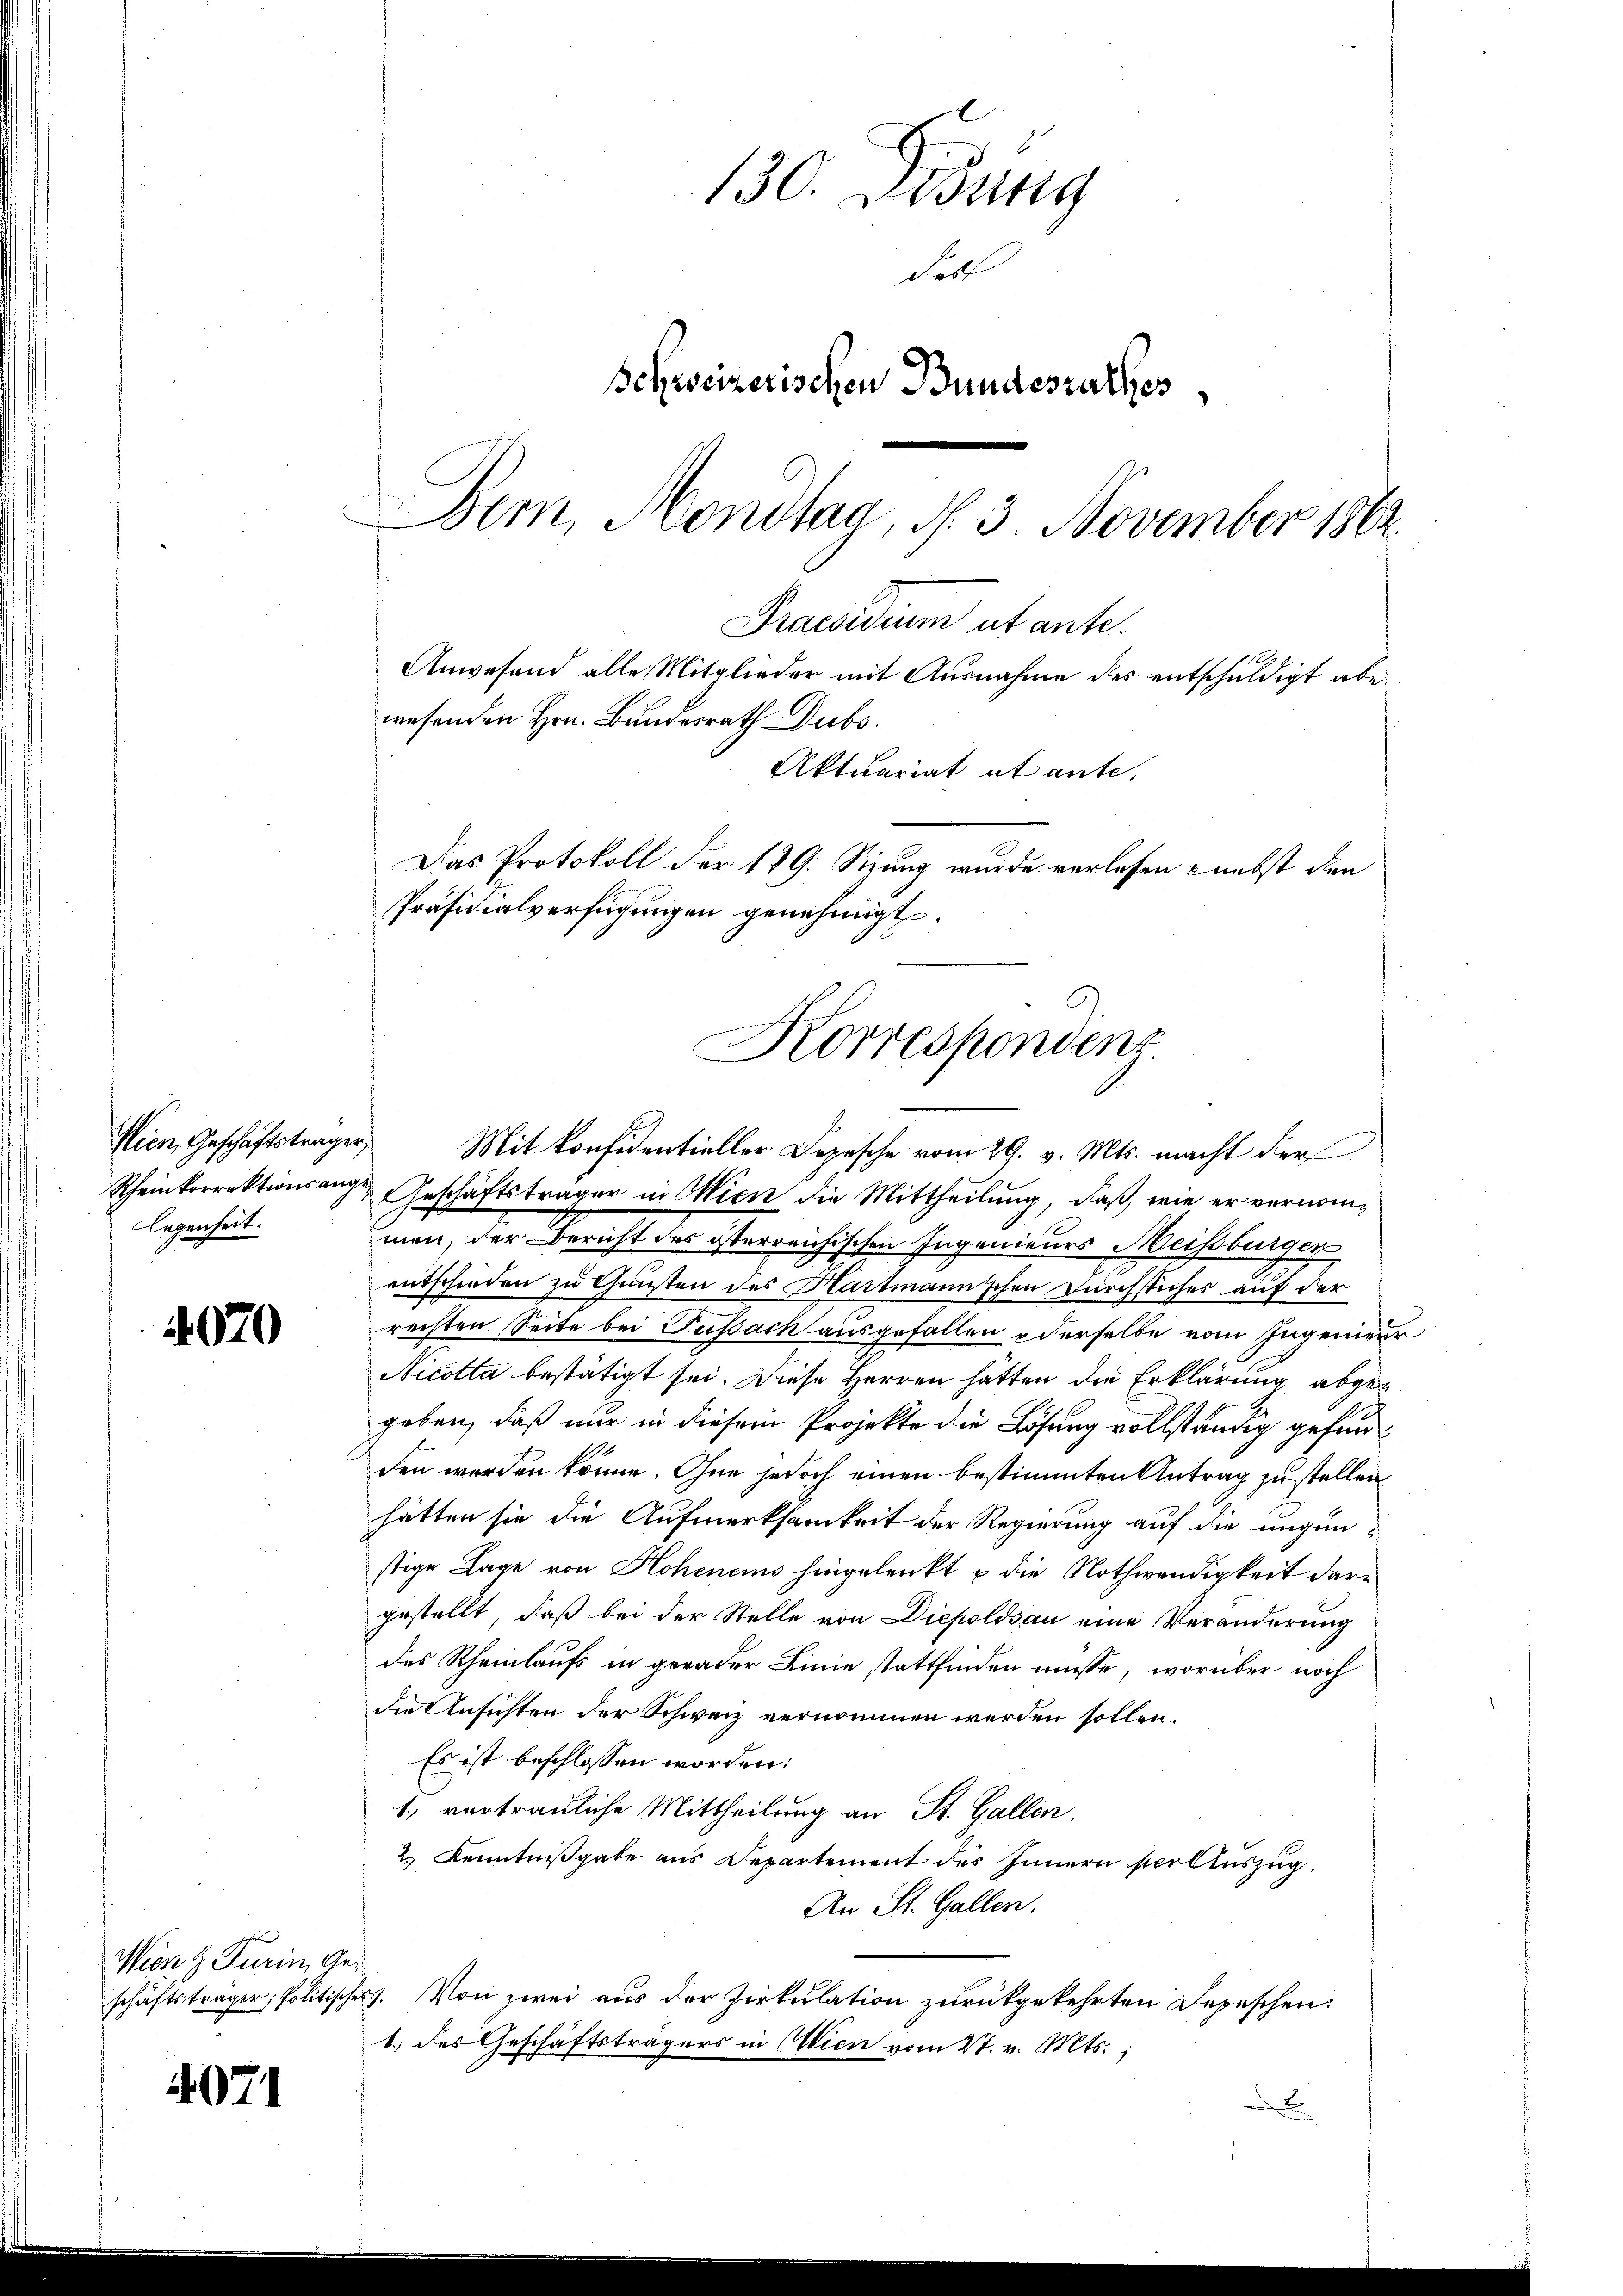
Wien, Geschäftsträger,
legenheit.

4070

Wien & Turin, Ges

4971

Dem Montag, N. 3. November 1864.
Korrespondenz

Praesidium et ante.
Anwesend alle Mitglieder mit Ausnahme des entschuldigt abe
Aktuariat et ante.
Das Protokoll der 179. Sizung wurde verlesen nebst den
Präsidialverfügungen genehmigt.

Mit konfidentieller Depesche vom 29. v. Mts. macht der
Rheinkorrektionsange Geschäftsträger in Wien die Mittheilung, daß, wie er vernommen, der Bericht des österreichischen Ingenieurs Meissburger
entschieden zu Gunsten des Hartmannischen Durchstiches auf der
rechten Seite bei Fussach ausgefallen derselbe vom Ingenieur
Nicotta bestätigt sei. Diese Herren hätten die Erklärung abgegeben, daß nur in diesem Projekte die Lösung vollständig gefundden werden könne. Ohne jedoch einen bestimmten Antrag zustellen
hätten sie die Aufmerksamkeit der Regierung auf die ungen-
stige Lage von Hohenems hingelenkt u die Nothwendigkeit dargestellt, daß bei der Stelle von Diepoldsau eine Veränderung
des Rheinlaufs in gerader Linie stattfinden müsse, worüber noch
die Ansichten der Schweiz vernommen werden sollen.
Es ist beschlossen worden:
1., vertrauliche Mittheilung an St. Gallen.
2.) Kenntnißgabe aus Departement des Innern so Auszug.
An St. Gallen.
schäftsträger, Politisches. Von zwei aŭs der Zirkŭlation zŭrückgekehrten Depeschen:
1.) des Geschäftsträgers in Wien vom 27. v. Mts.,
d

130. Didung
das
Schweizerischen Bundesrathes

wesenden Hrn. Bundesrath Dubs.